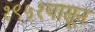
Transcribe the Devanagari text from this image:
१९५१पासून